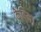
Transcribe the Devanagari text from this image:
केबिन।